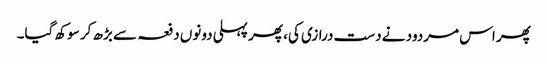
پھر اس مردود نے دست درازی کی، پھر پہلی دونوں دفعہ سے بڑھ کر سوکھ گیا۔